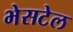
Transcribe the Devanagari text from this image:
भेसटेल